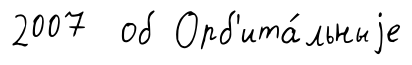
2007 об Орб'ита́льныjе